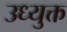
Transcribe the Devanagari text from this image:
उध्युक्त